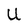
Character: U